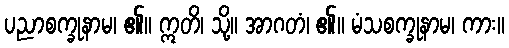
ပညာစက္ခုနာမ၊ ၏။ ဣတိ၊ သို့။ အာဂတံ၊ ၏။ မံသစက္ခုနာမ၊ ကား။